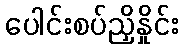
ပေါင်းစပ်ညှိနှိုင်း